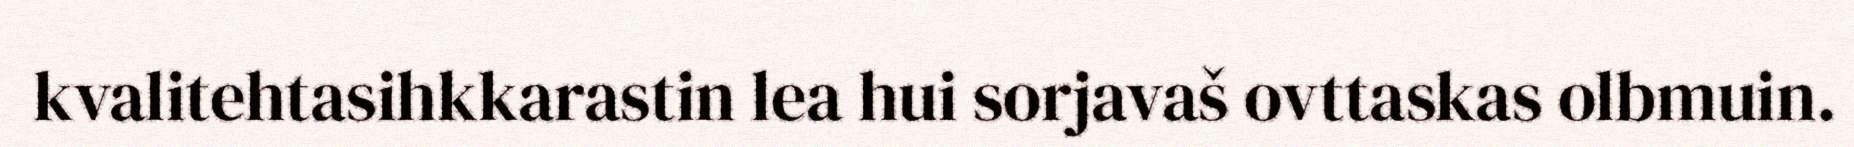
kvalitehtasihkkarastin lea hui sorjavaš ovttaskas olbmuin.